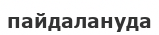
пайдалануда